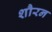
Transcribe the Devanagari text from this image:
शौरन